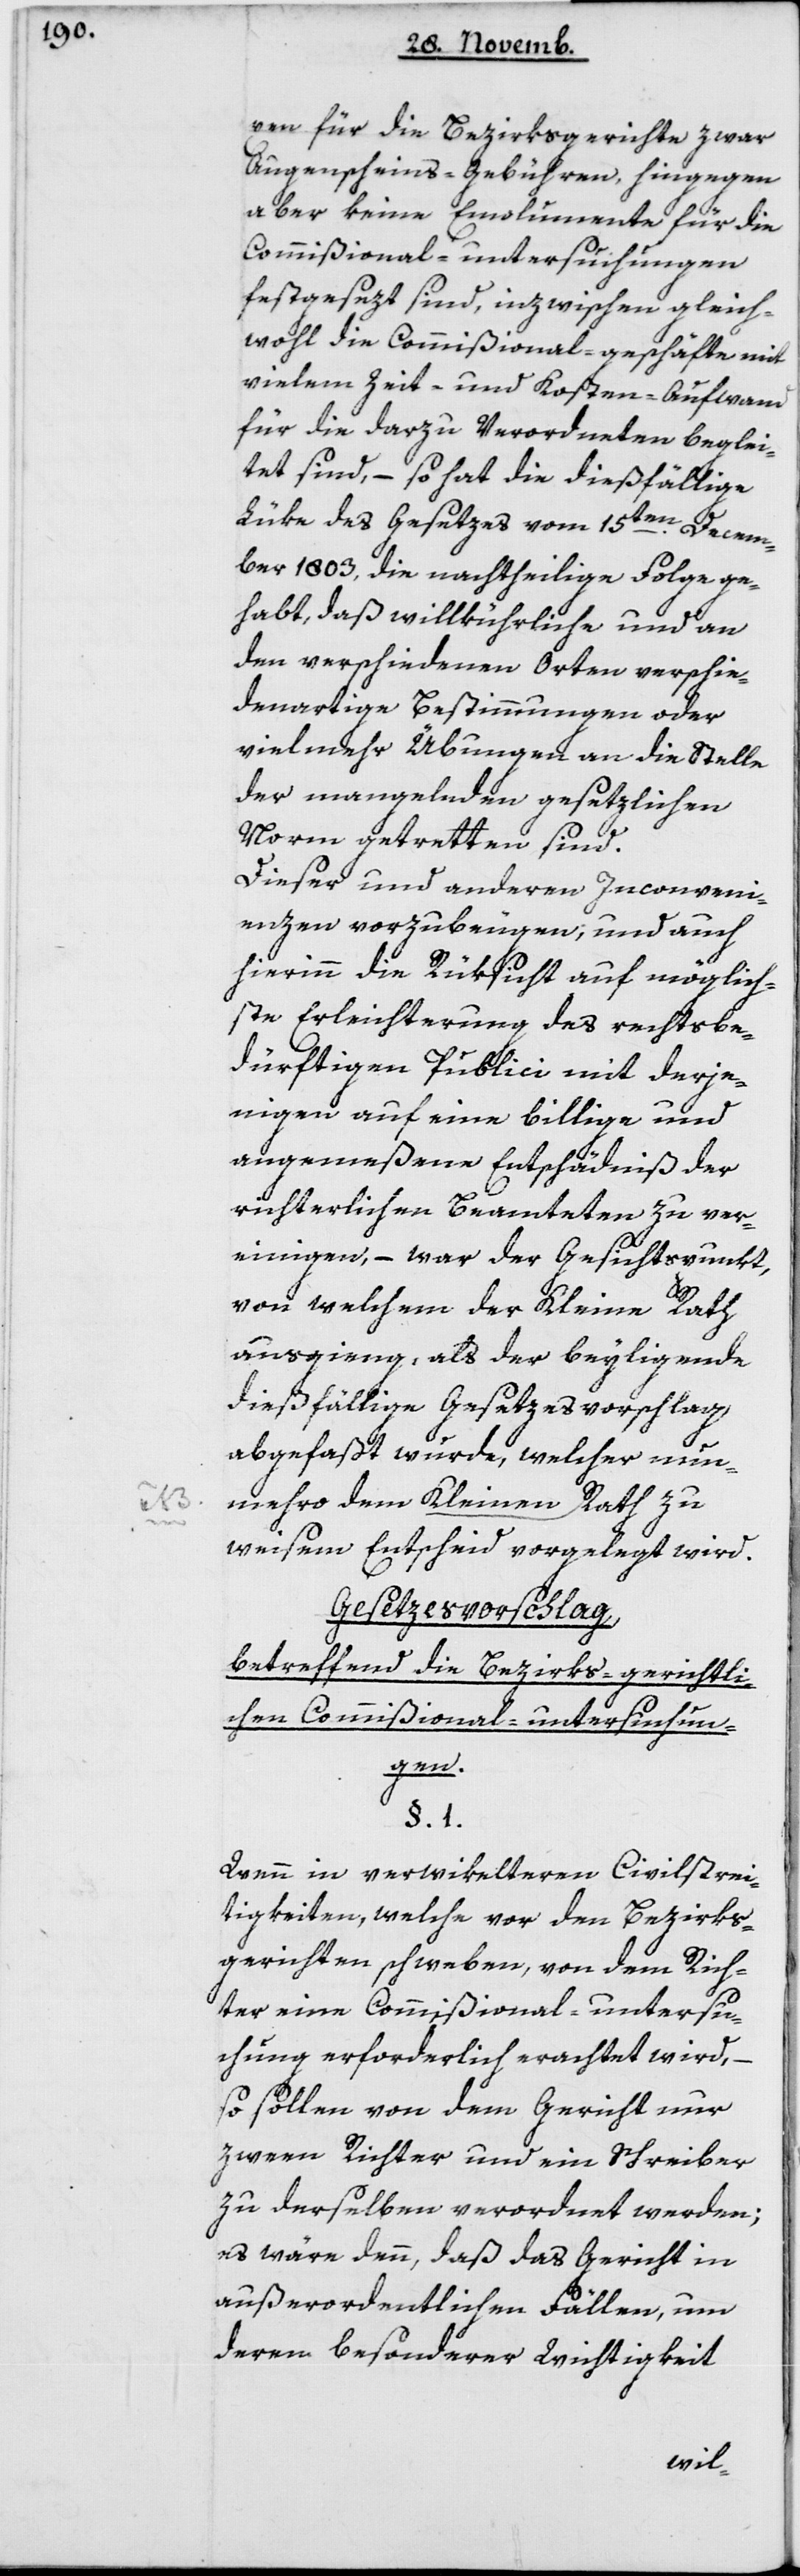
xen für die Bezirksgerichte zwar
Augenscheins-Gebühren, hingegen
aber keine Emolumente für die
Commißional-untersuchungen
festgesezt sind, inzwischen gleich¬
wohl die Commißional-Geschäfte mit
vielem Zeit- und Kosten-Aufwand
für die darzu Verordneten beglei¬
tet sind, – so hat die dießfällige
Lüke des Gesetzes vom 15ten Decem¬
ber 1803 die nachtheilige Folge ge¬
habt, daß willkürliche und an
den verschiedenen Orten verschie¬
denartige Bestimmungen oder
vielmehr Übungen an die Stelle
der mangelnden gesetzlichen
Norm getretten sind.
Dieser und anderen Inconveni¬
enzen vorzubeugen, und auch
hierinn die Rüksicht auf möglich¬
ste Erleichterung des rechtsbe¬
dürftigen Publici mit derje¬
nigen auf eine billige und
angemeßene Entschädniß der
richterlichen Beamteten zu ver¬
einigen, – war der Gesichtspunkt,
von welchem der Kleine Rath
ausging, als der beyligende
dießfällige Gesetzesvorschlag
abgefaßt wurde, welcher nun¬
mehro dem Kleinen Rath
weisem Entscheid vorgelegt wird.
Gesetzesvorschlag
betreffend die bezirksgerichtli¬
chen Commißional-Untersuchun¬
gen.
Wenn in verwikelteren Civilstrei¬
tigkeiten, welche vor den Bezirks¬
gerichten schweben, von dem Rich¬
ter eine Commißional-untersu¬
chung erforderlich erachtet wird, –
so sollen von dem Gericht nur
zween Richter und ein Schreiber
zu derselben verordnet werden;
es wäre denn, daß das Gericht in
außerordentlichen Fällen, um
deren besonderer Wichtigkeit